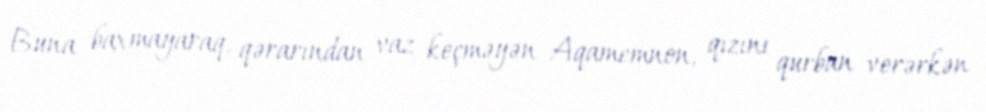
Buna baxmayaraq, qərarından vaz keçməyən Aqamemnon, qızını qurban verərkən